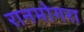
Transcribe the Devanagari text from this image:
रानमोगरा